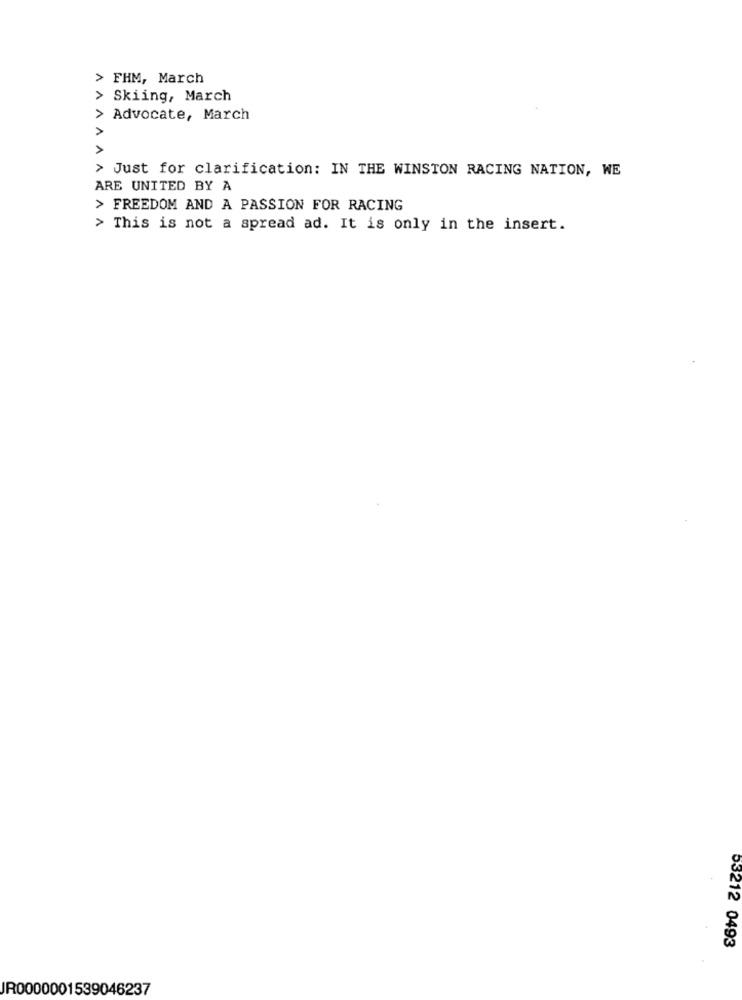
> FHM, March
> Skiing, March
> Advocate, March
A
> Just for clarification: IN THE WINSTON RACING NATION, WE
ARE UNITED BY A
> FREEDOM AND A PASSION FOR RACING
> This is not a spread ad. It is only in the insert.
53212 0493
JR0000001539046237